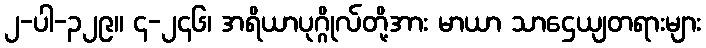
၂-ပါ-၃၂၉။ ၄-၂၄၆၊ အရိယာပုဂ္ဂိုလ်တို့အား မာယာ သာဌေယျတရားများ